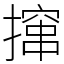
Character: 撺